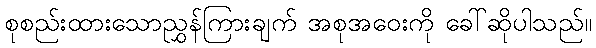
စုစည်းထားသောညွှန်ကြားချက် အစုအဝေးကို ခေါ်ဆိုပါသည်။